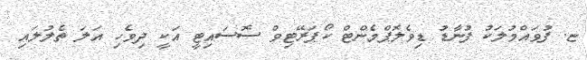
ޏ. ފުވައްމުލަކު ފުނާޑު ޑިވެލޮޕްމެންޓް ކޯޕަރޭޓިވް ސޮސައިޓީ އަކީ ދިވެހި އަލަ ތެލުލައި